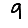
Digit: 9